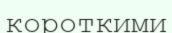
короткими